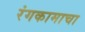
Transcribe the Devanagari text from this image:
रंगकामाचा